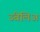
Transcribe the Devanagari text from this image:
उंबेलिअ